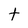
Character: t